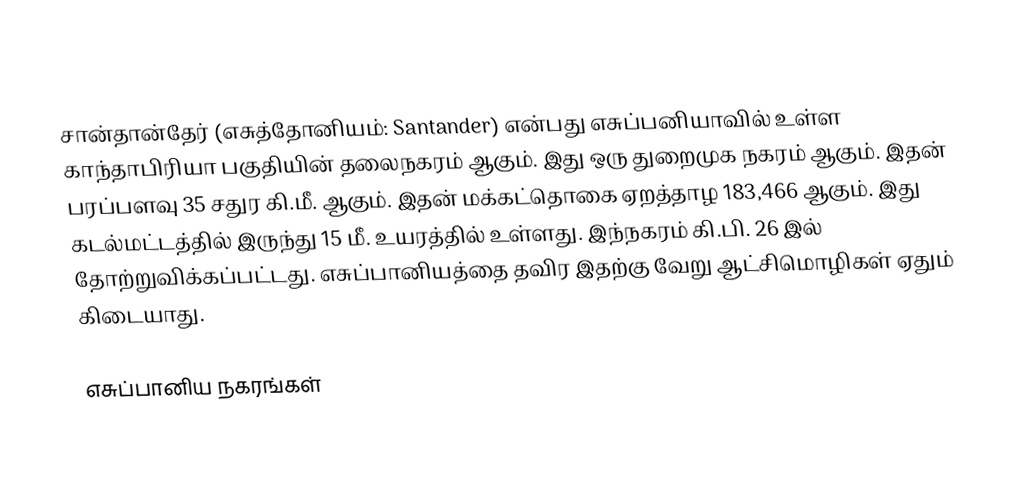
சான்தான்தேர் (எசுத்தோனியம்: Santander) என்பது எசுப்பனியாவில் உள்ள காந்தாபிரியா பகுதியின் தலைநகரம் ஆகும். இது ஒரு துறைமுக நகரம் ஆகும். இதன் பரப்பளவு 35 சதுர கி.மீ. ஆகும். இதன் மக்கட்தொகை ஏறத்தாழ 183,466 ஆகும். இது கடல்மட்டத்தில் இருந்து 15 மீ. உயரத்தில் உள்ளது. இந்நகரம் கி.பி. 26 இல் தோற்றுவிக்கப்பட்டது. எசுப்பானியத்தை தவிர இதற்கு வேறு ஆட்சிமொழிகள் ஏதும் கிடையாது.

எசுப்பானிய நகரங்கள்